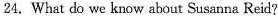
24. What do we know about Susanna Reid?